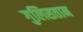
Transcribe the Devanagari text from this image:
गुलिसतान